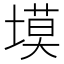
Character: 塻